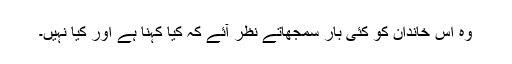
وہ اس خاندان کو کئی بار سمجھاتے نظر آئے کہ کیا کہنا ہے اور کیا نہیں۔